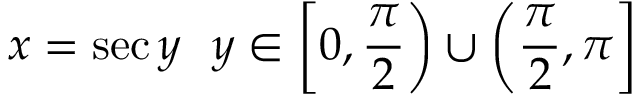
x = \sec y \ \ y \in \left[ 0 , { \frac { \pi } { 2 } } \right) \cup \left( { \frac { \pi } { 2 } } , \pi \right]